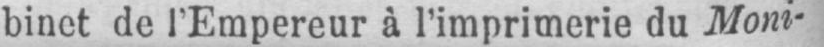
binet de l’Empereur à l’imprimerie du Moni-